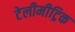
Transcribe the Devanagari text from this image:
टेलीमीट्रिक